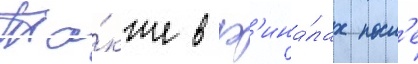
Та́кже в ф'ина́лах посл'е